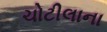
ચોટીલાના